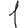
Digit: 1